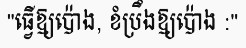
"ធ្វើឱ្យប៉ោង, ខំប្រឹងឱ្យប៉ោង :"